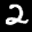
Label: 2